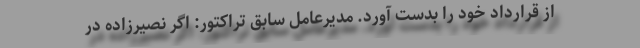
از قرارداد خود را بدست آورد. مدیرعامل سابق تراکتور: اگر نصیرزاده در